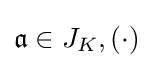
{\mathfrak {a}}\in J_{K},(\cdot )